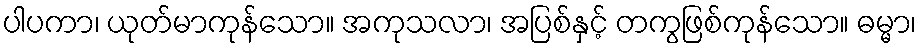
ပါပကာ၊ ယုတ်မာကုန်သော။ အကုသလာ၊ အပြစ်နှင့် တကွဖြစ်ကုန်သော။ ဓမ္မာ၊